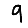
Digit: 9